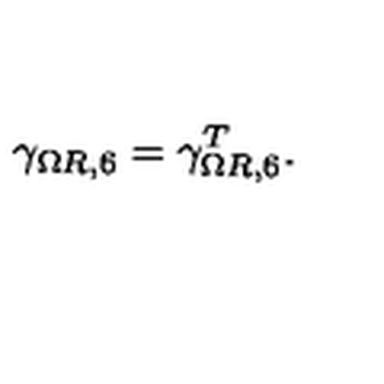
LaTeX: \gamma _ { \Omega R , 6 } = \gamma _ { \Omega R , 6 } ^ { T } .